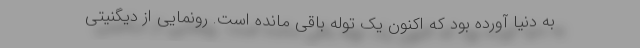
به دنیا آورده بود که اکنون یک توله باقی مانده است. رونمایی از دیگنیتی